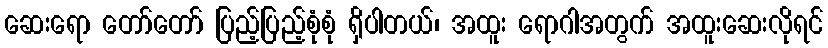
ဆေးရော တော်တော် ပြည့်ပြည့်စုံစုံ ရှိပါတယ်၊ အထူး ရောဂါအတွက် အထူးဆေးလိုရင်